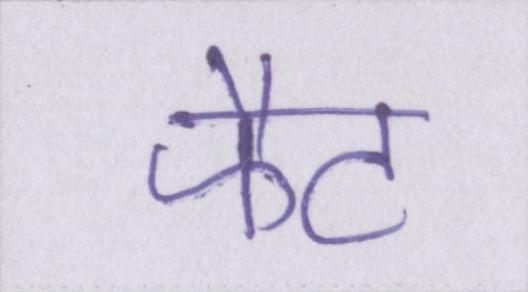
फैट